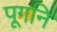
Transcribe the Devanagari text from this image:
पूगनि